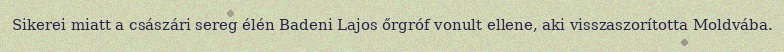
Sikerei miatt a császári sereg élén Badeni Lajos őrgróf vonult ellene, aki visszaszorította Moldvába.